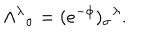
LaTeX: \Lambda ^ { \lambda } \hspace { 0 . 1 m m } _ { \sigma } = ( e ^ { - \phi } ) _ { \sigma } \hspace { 0 . 1 m m } ^ { \lambda } .